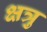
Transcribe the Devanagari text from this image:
क्षत्रु